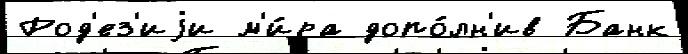
Род'ез'иjи м'и́ра допо́лн'ив Банк